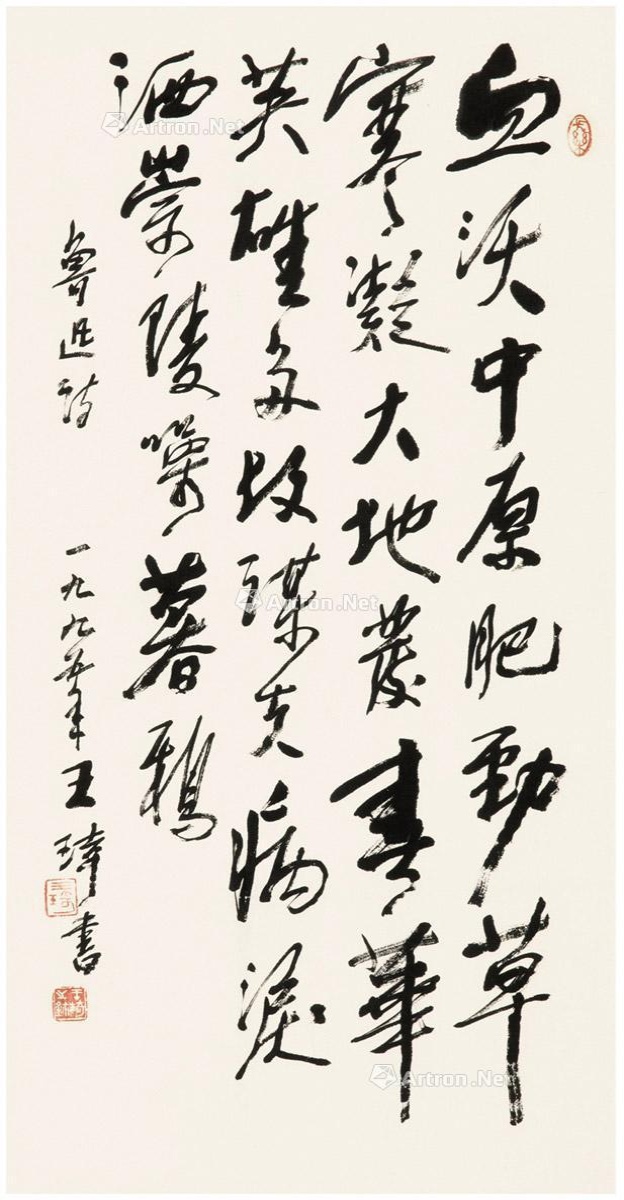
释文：血沃中原肥劲草，寒凝大地发春华。英雄多故谋夫病，泪洒崇陵噪暮鸦。鲁迅诗。一九九五年，王琦书。